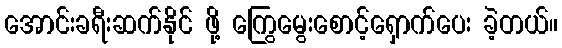
အောင်းခရီးဆက်နိုင် ဖို့ ကြွေမွေးစောင့်ရှောက်ပေး ခဲ့တယ်။